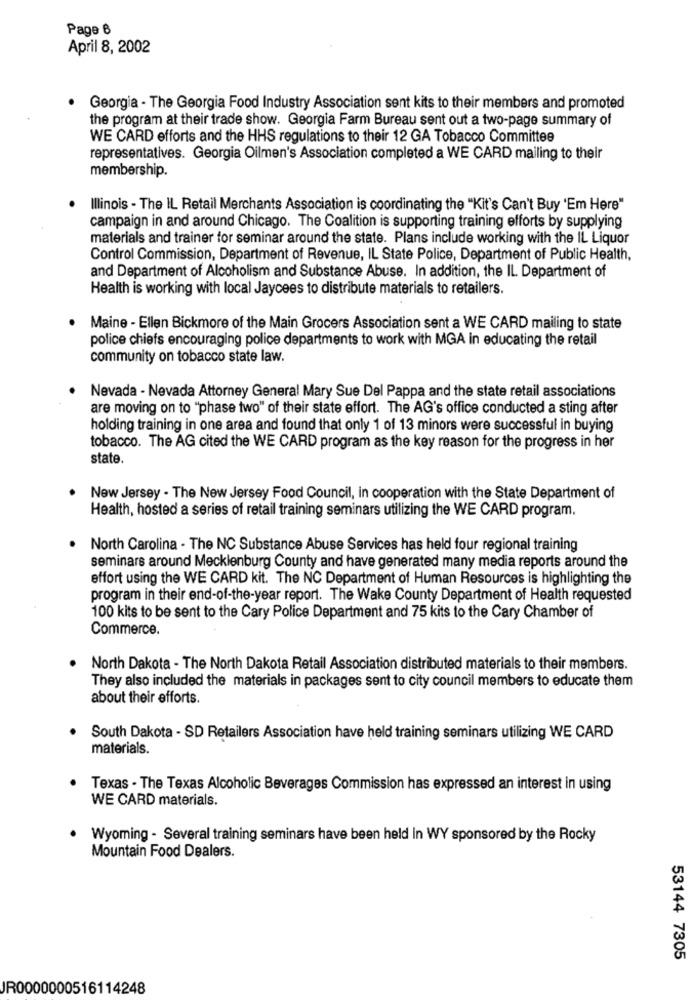
Page 6
April 8, 2002
Georgia - The Georgia Food Industry Association sent kits to their members and promoted
the program at their trade show. Georgia Farm Bureau sent out a two-page summary of
WE CARD efforts and the HHS regulations to their 12 GA Tobacco Committee
representatives. Georgia Oilmen's Association completed a WE CARD mailing to their
membership.
Illinois - The IL Retail Merchants Association is coordinating the "Kit's Can't Buy 'Em Here"
campaign in and around Chicago. The Coalition is supporting training efforts by supplying
materials and trainer for seminar around the state. Plans include working with the IL Liquor
Control Commission, Department of Revenue, IL State Police, Department of Public Health,
and Department of Alcoholism and Substance Abuse. In addition, the IL Department of
Health is working with local Jaycees to distribute materials to retailers.
. Maine - Ellen Bickmore of the Main Grocers Association sent a WE CARD mailing to state
police chiefs encouraging police departments to work with MGA in educating the retail
community on tobacco state law.
Nevada - Nevada Attorney General Mary Sue Del Pappa and the state retail associations
are moving on to "phase two" of their state effort. The AG's office conducted a sting after
holding training in one area and found that only 1 of 13 minors were successful in buying
tobacco. The AG cited the WE CARD program as the key reason for the progress in her
state.
New Jersey . The New Jersey Food Council, in cooperation with the State Department of
Health, hosted a series of retail training seminars utilizing the WE CARD program.
North Carolina - The NC Substance Abuse Services has held four regional training
seminars around Mecklenburg County and have generated many media reports around the
effort using the WE CARD kit. The NC Department of Human Resources is highlighting the
program in their end-of-the-year report. The Wake County Department of Health requested
100 kits to be sent to the Cary Police Department and 75 kits to the Cary Chamber of
Commerce.
North Dakota - The North Dakota Retail Association distributed materials to their members.
They also included the materials in packages sent to city council members to educate them
about their efforts.
South Dakota - SD Retailers Association have held training seminars utilizing WE CARD
materials.
Texas - The Texas Alcoholic Beverages Commission has expressed an interest in using
WE CARD materials.
Wyoming - Several training seminars have been held in WY sponsored by the Rocky
Mountain Food Dealers.
53144 7305
JR0000000516114248